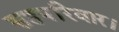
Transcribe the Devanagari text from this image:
सहपरिवार।